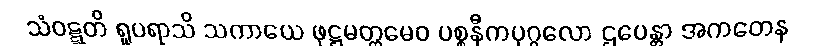
သံဝဋ္ဋတိ ရူပရာသိ သကာယေ ဖုဋ္ဌမတ္တမေဝ ပစ္စနီကပုဂ္ဂလော ဌပေန္တာ အကတေန